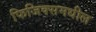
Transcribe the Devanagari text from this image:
फिजिक्समधील